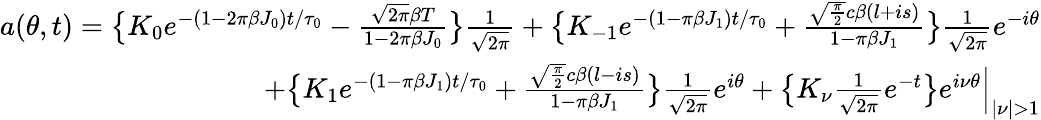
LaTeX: \begin{array}{r}{a(\theta,t)=\big\{ K_{0}e^{-(1-2\pi\beta J_{0})t/\tau_{0}}-\frac{\sqrt{2\pi}\beta T}{1-2\pi\beta J_{0}}\big\} \frac{1}{\sqrt{2\pi}}+\big\{ K_{\mathrm{-}1}e^{-(1-\pi\beta J_{1})t/\tau_{0}}+\frac{\sqrt{\frac{\pi}{2}}c\beta(l+is)}{1-\pi\beta J_{1}}\big\} \frac{1}{\sqrt{2\pi}}e^{-i\theta}}\\ {+\big\{ K_{1}e^{-(1-\pi\beta J_{1})t/\tau_{0}}+\frac{\sqrt{\frac{\pi}{2}}c\beta(l-is)}{1-\pi\beta J_{1}}\big\} \frac{1}{\sqrt{2\pi}}e^{i\theta}+\big\{ K_{\nu}\frac{1}{\sqrt{2\pi}}e^{-t}\big\} e^{i\nu\theta}\Big\lvert_{\lvert\nu\rvert>1}}\end{array}